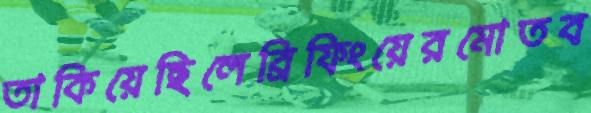
তাকিয়েছিলেব্রিফিংয়েরমোতব